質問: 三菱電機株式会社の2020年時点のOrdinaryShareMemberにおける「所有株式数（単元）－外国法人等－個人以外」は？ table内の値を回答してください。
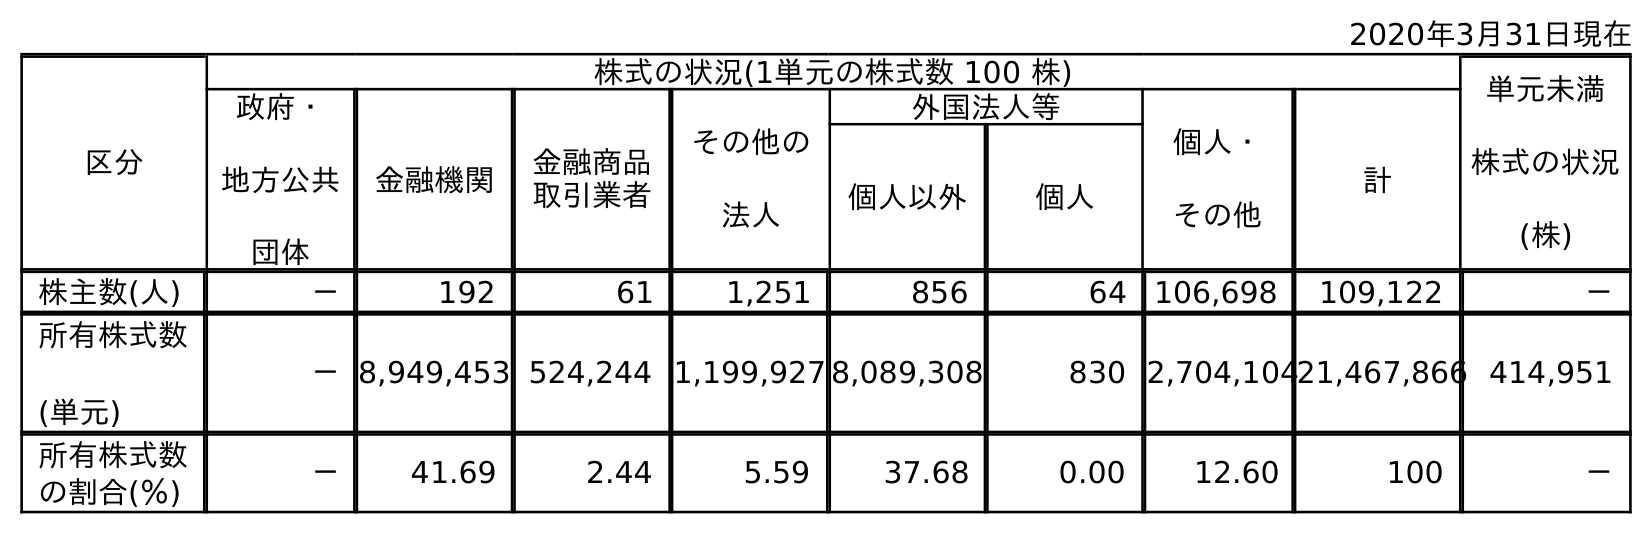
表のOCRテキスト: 2020年3月31日現在 区分 株式の状況(1単元の株式数 100 株) 単元未満 株式の状況 (株) 政府・ 地方公共 団体 金融機関 金融商品 取引業者 その他の 法人 外国法人等 個人・ その他 計 個人以外 個人 株主数(人) － 192 61 1,251 856 64 106,698 109,122 － 所有株式数 (単元) －8,949,453 524,244 1,199,927 8,089,308 830 2,704,10421,467,866 414,951 所有株式数 の割合(％) － 41.69 2.44 5.59 37.68 0.00 12.60 100 －
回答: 8,089,308